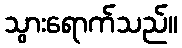
သွားရောက်သည်။